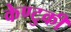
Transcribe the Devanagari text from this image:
केण्टुकी